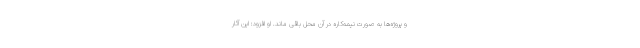
و پروژه‌ها به صورت نیمه‌کاره در آن محل باقی‌ ماند. او افزود: این آثار